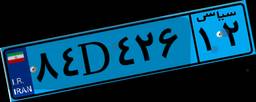
۱۲D۸۶۳۳۳